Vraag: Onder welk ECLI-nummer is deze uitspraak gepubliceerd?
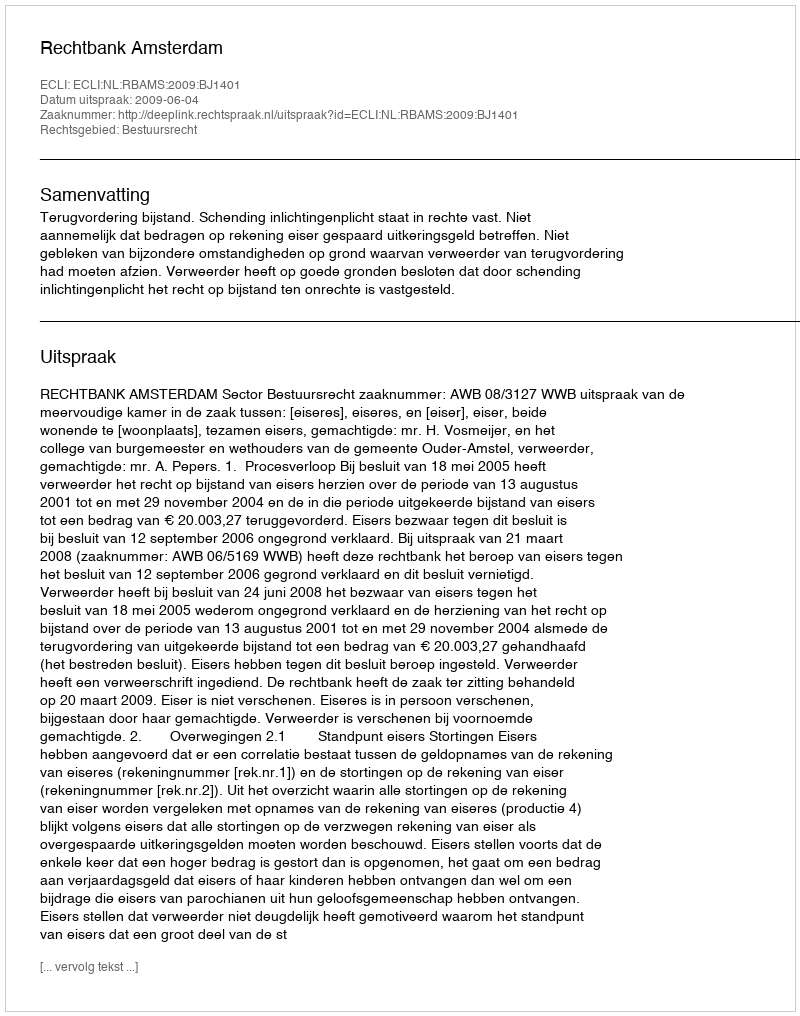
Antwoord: ECLI:NL:RBAMS:2009:BJ1401